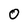
Character: 0